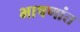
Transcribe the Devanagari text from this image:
भाषणांत